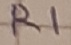
Text: R1